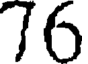
76